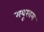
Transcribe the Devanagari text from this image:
मयूखम